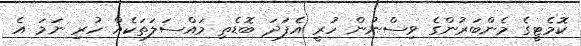
ކޮމެޓީގެ މެންބަރުންގެ ވިސްނުން ހުރީ އެފަދަ ބޮޑެތި މައްސަލަތަކެއް ހުރި ނަމަ އެ